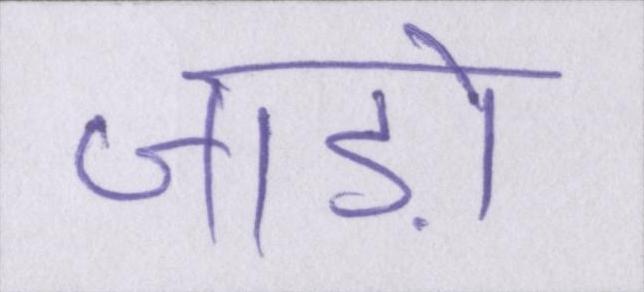
जाड़ों